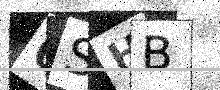
Text: 0SHB